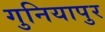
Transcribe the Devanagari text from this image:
गुनियापुर